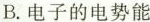
B.电子的电势能